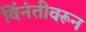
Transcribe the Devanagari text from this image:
विंनंतीवरून